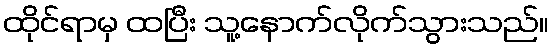
ထိုင်ရာမှ ထပြီး သူ့နောက်လိုက်သွားသည်။